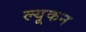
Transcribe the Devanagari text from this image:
ल्यूकन